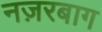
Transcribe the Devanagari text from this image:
नज़रबाग